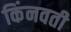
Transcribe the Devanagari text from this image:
किंनवती